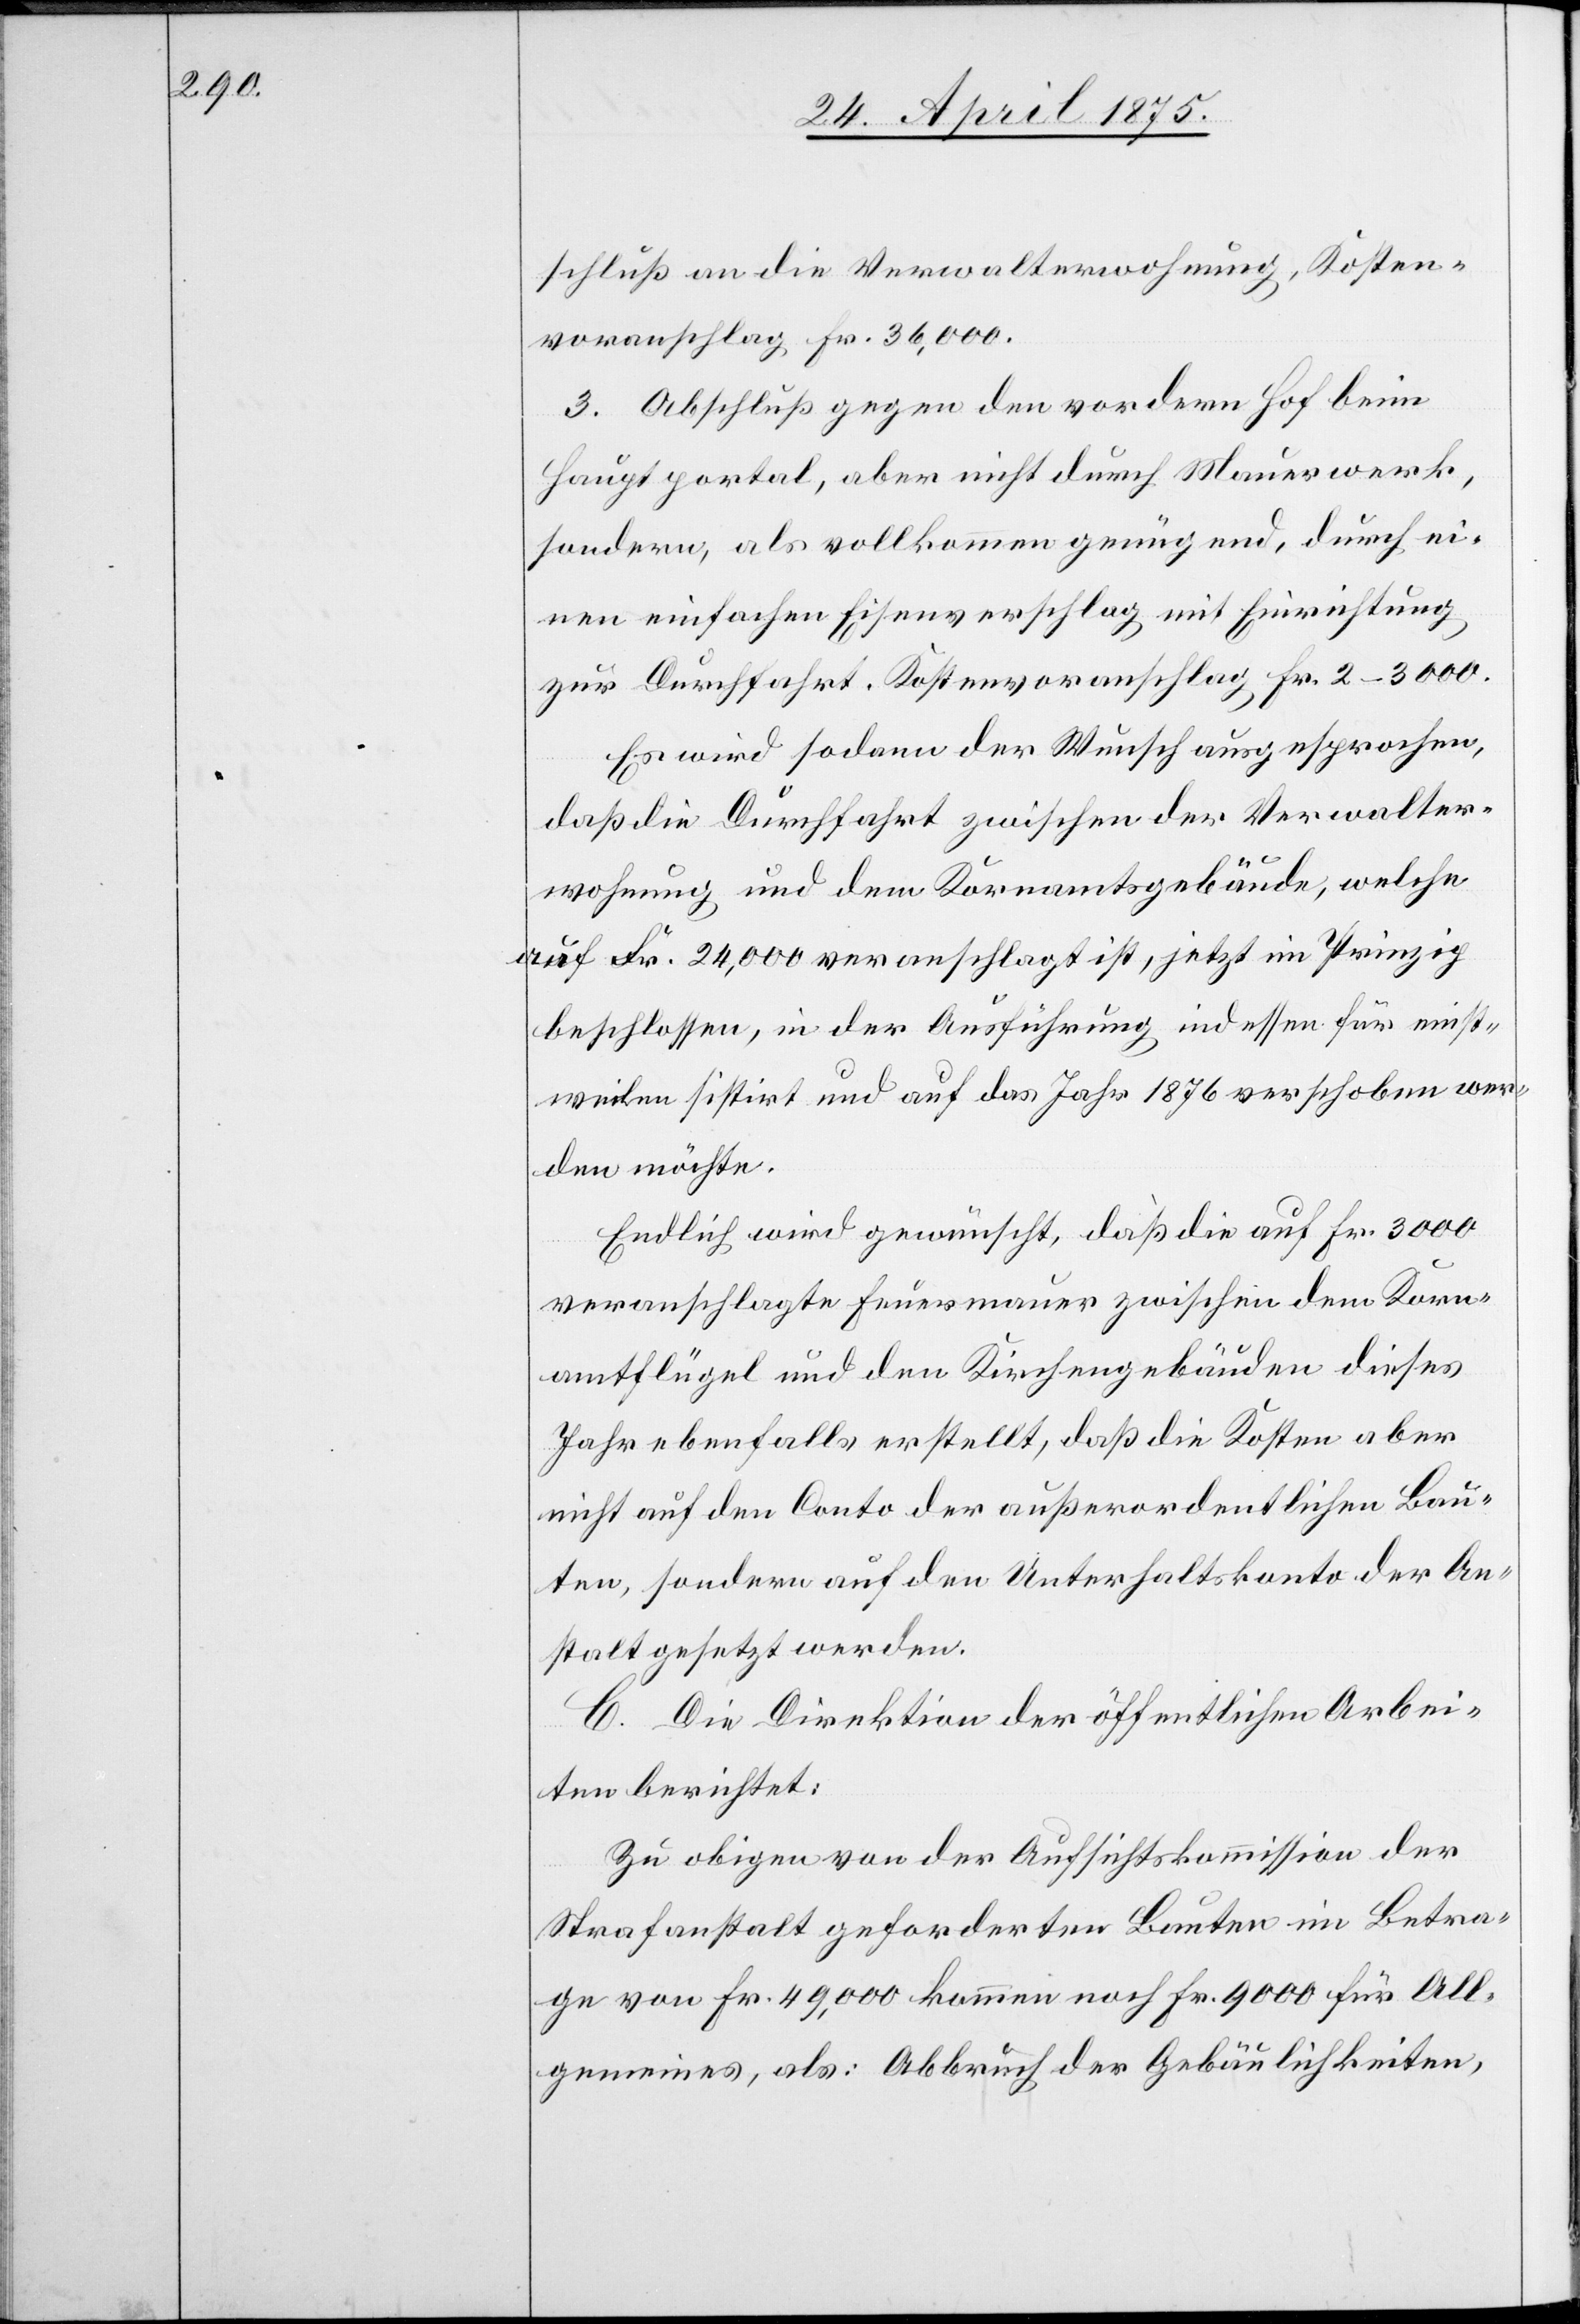
schluß an die Verwalterwohnung, Kosten¬
voranschlag Fr. 36,000.
3. Abschluß gegen den vordern Hof beim
Hauptportal, aber nicht durch Mauerwerk,
sondern, als vollkommen genügend, durch ei¬
nen einfachen Eisenverschlag mit Einrichtung
zur Durchfahrt. Kostenvoranschlag 2–3000.
Es wird sodann der Wunsch ausgesprochen,
daß die Durchfahrt zwischen der Verwalter¬
wohnung und dem Kornamtsgebäude, welche
auf Fr. 24,000 veranschlagt ist, jetzt im Prinzip
beschlossen, in der Ausführung indessen für einst¬
weilen sistirt und auf das Jahr 1876 verschoben wer¬
den möchte.
Endlich wird gewünscht, daß die auf Fr. 3000
veranschlagte Feuermauer zwischen dem Korn¬
amtflügel und den Kirchengebäuden dieses
Jahr ebenfalls erstellt, daß die Kosten aber
nicht auf den Conto der außerordentlichen Bau¬
ten, sondern auf den Unterhaltskonto der An¬
stalt gesetzt werden.
C. Die Direktion der öffentlichen Arbei¬
ten berichtet:
Zu obigen von der Aufsichtskommission der
Strafanstalt geforderten Bauten im Betra¬
ge von Fr. 49,000 kommen noch Fr. 9000 für All¬
gemeines, als: Abbruch der Gebäulichkeiten,